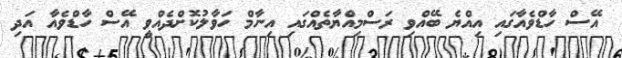
އޭސް ހާޑްވެއާގައި އިއްޔެ ބޭއްވި ރަސްމިއްޔާތެއްގައި އިނާމް ހަވާލުކޮށްދެއްވީ އޭސް ހާޑްވެއާ އަދި